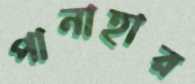
পানাহার